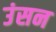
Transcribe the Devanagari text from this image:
उंसन